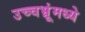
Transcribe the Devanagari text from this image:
उच्चभ्रूंमध्ये